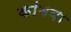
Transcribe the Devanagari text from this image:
कांबया